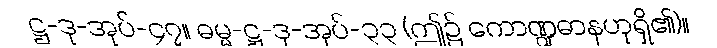
ဋ္ဌ-ဒု-အုပ်-၄၇။ ဓမ္မ-ဋ္ဌ-ဒု-အုပ်-၃၃ (ဤ၌ ကောဏ္ဍဓာနဟုရှိ၏)။